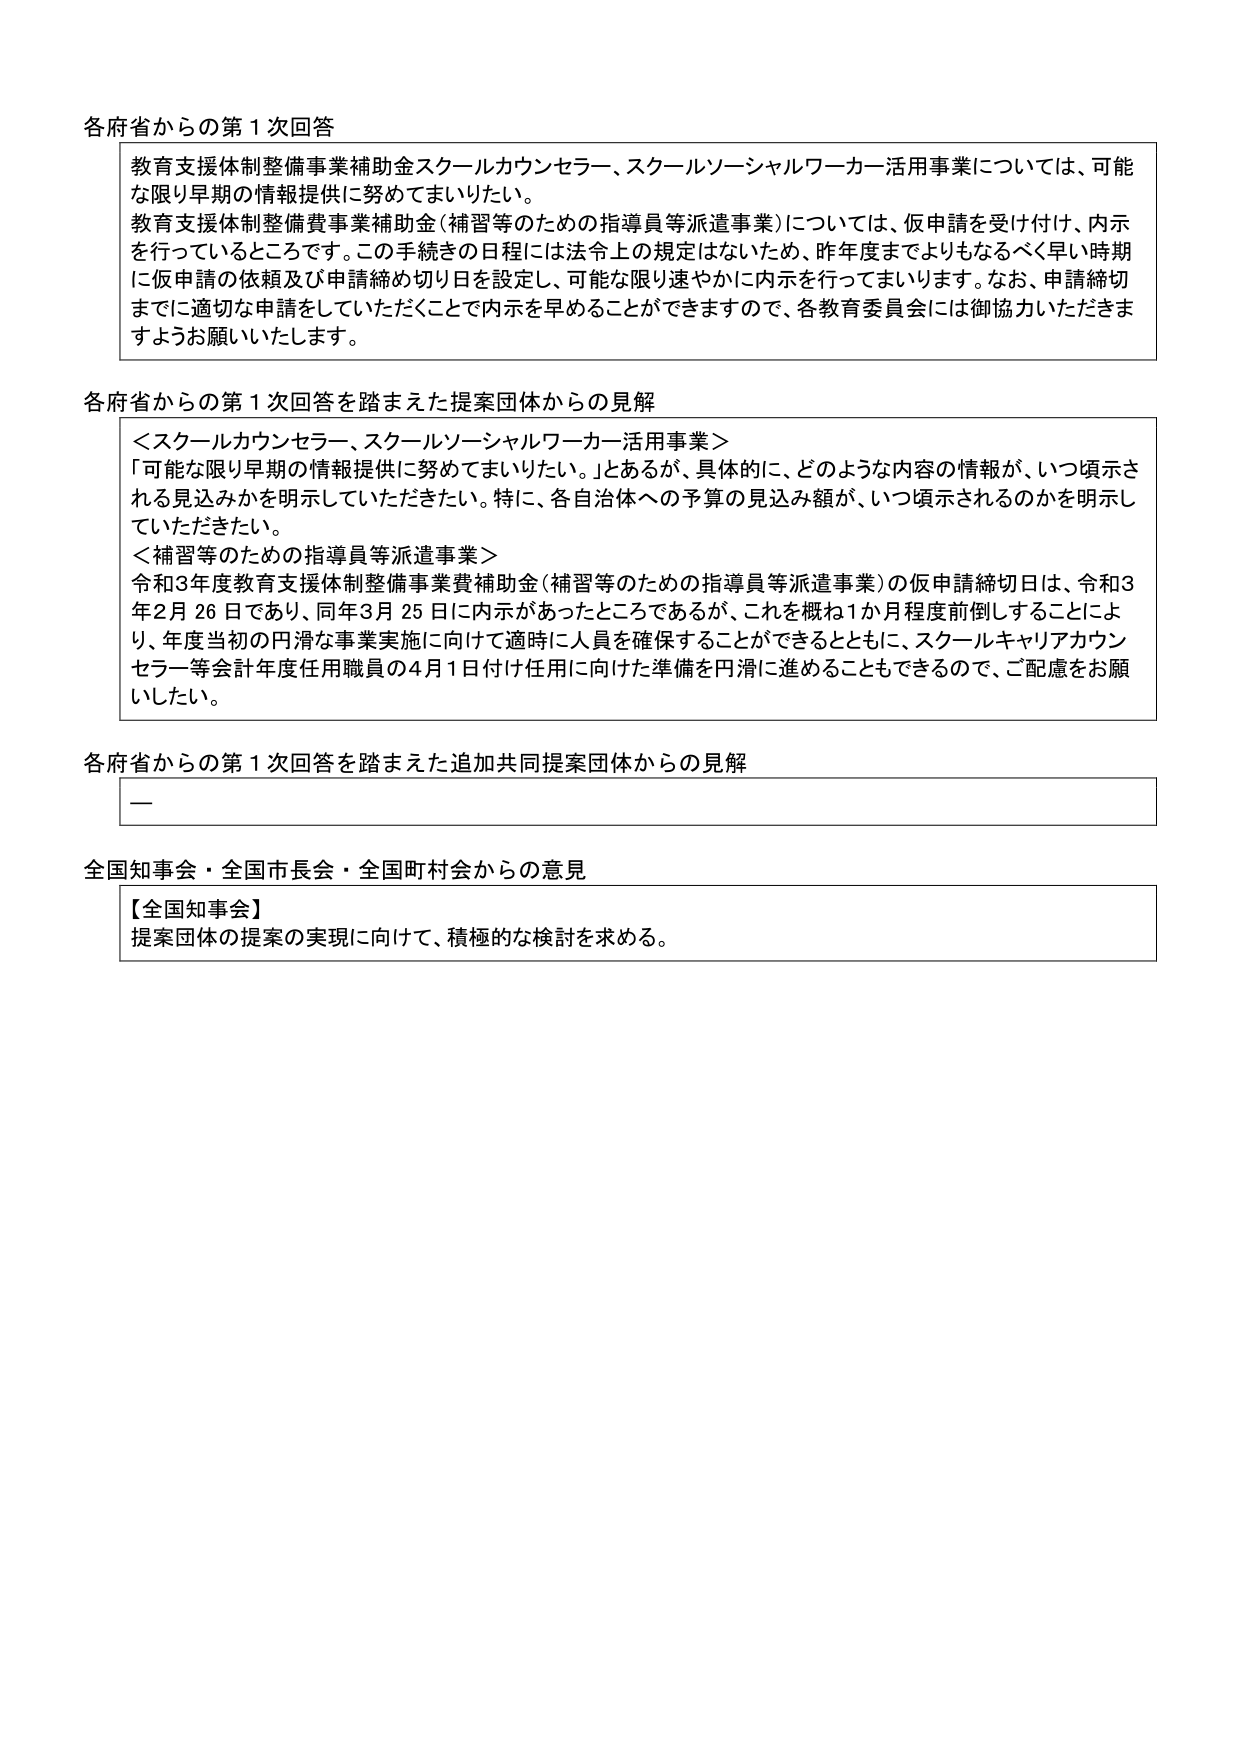
各府省からの第１次回答

教育支援体制整備事業補助金スクールカウンセラー、スクールソーシャルワーカー活用事業については、可能な限り早期の情報提供に努めてまいりたい。
教育支援体制整備費事業補助金（補習等のための指導員等派遣事業）については、仮申請を受け付け、内示を行っているところです。この手続きの日程には法令上の規定はないため、昨年度までよりもなるべく早い時期に仮申請の依頼及び申請締め切り日を設定し、可能な限り速やかに内示を行ってまいります。なお、申請締切までに適切な申請をしていただくことで内示を早めることができますので、各教育委員会には御協力いただきますようお願いいたします。

各府省からの第１次回答を踏まえた提案団体からの見解

＜スクールカウンセラー、スクールソーシャルワーカー活用事業＞
「可能な限り早期の情報提供に努めてまいりたい。」とあるが、具体的に、どのような内容の情報が、いつ頃示される見込みかを明示していただきたい。特に、各自治体への予算の見込み額が、いつ頃示されるのかを明示していただきたい。
＜補習等のための指導員等派遣事業＞
令和3年度教育支援体制整備事業費補助金（補習等のための指導員等派遣事業）の仮申請締切日は、令和3年2月26日であり、同年3月25日に内示があったところであるが、これを概ね1か月程度前倒しすることにより、年度当初の円滑な事業実施に向けて適時に人員を確保することができるとともに、スクールキャリアカウンセラー等会計年度任用職員の4月1日付け任用に向けた準備を円滑に進めることもできるので、ご配慮をお願いしたい。

各府省からの第１次回答を踏まえた追加共同提案団体からの見解

—

全国知事会・全国市長会・全国町村会からの意見

【全国知事会】
提案団体の提案の実現に向けて、積極的な検討を求める。